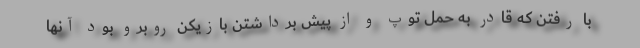
با رفتن که قادر به حمل توپ و از پیش برداشتن بازیکن روبرو بود آنها